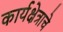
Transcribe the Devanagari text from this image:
कार्यक्षेत्राचे